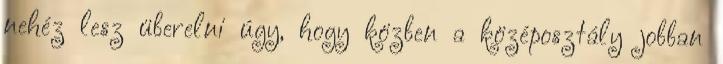
nehéz lesz überelni úgy, hogy közben a középosztály jobban